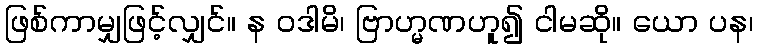
ဖြစ်ကာမျှဖြင့်လျှင်။ န ဝဒါမိ၊ ဗြာဟ္မဏဟူ၍ ငါမဆို။ ယော ပန၊